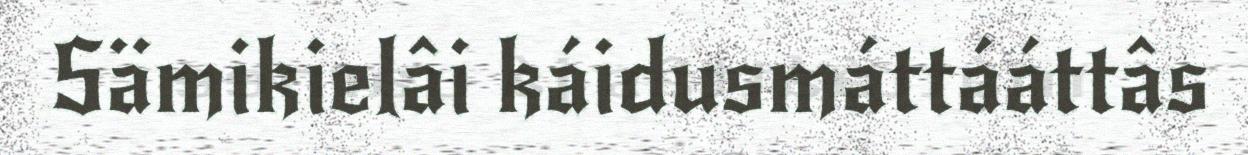
Sämikielâi káidusmáttááttâs